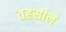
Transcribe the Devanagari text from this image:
तह्सीले